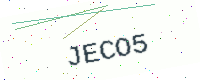
Text: JECO5